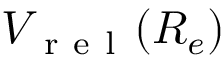
V _ { \mathrm { ~ r ~ e ~ l ~ } } ( R _ { e } )